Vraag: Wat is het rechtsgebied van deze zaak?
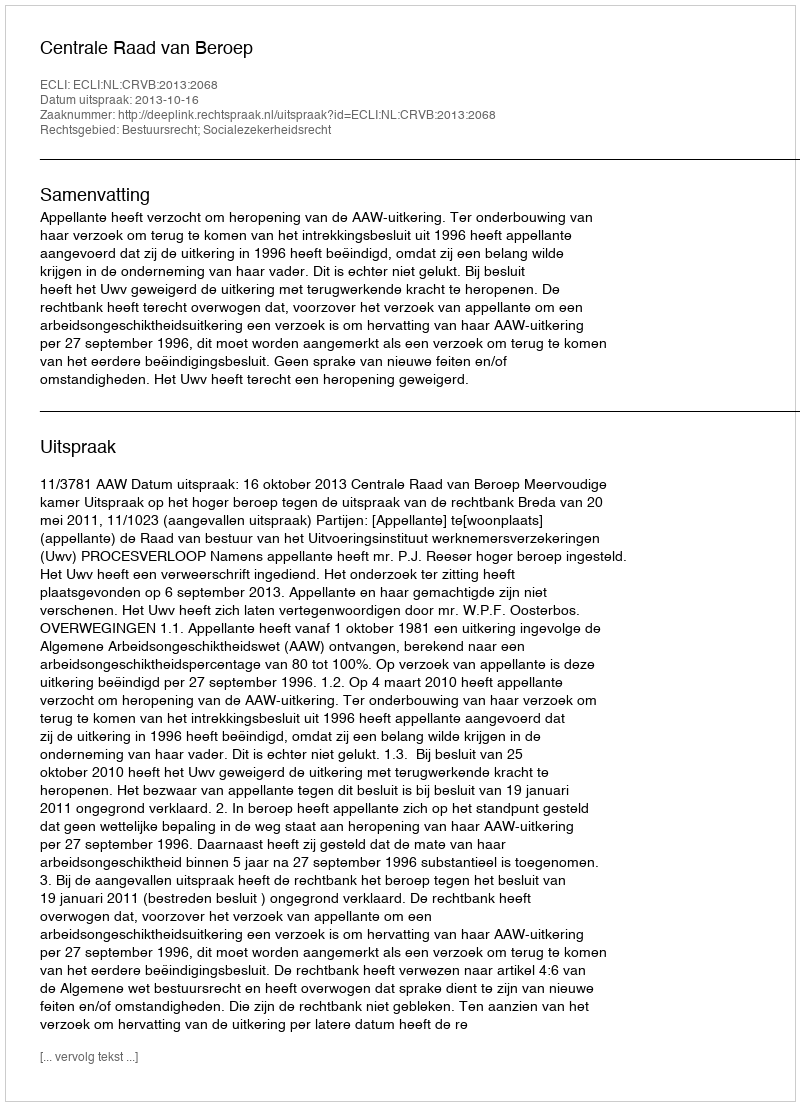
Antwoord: Bestuursrecht; Socialezekerheidsrecht